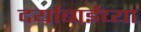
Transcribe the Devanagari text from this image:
दर्याबाईच्या